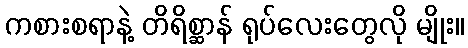
ကစားစရာနဲ့ တိရိစ္ဆာန် ရုပ်လေးတွေလို မျိုး။